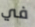
في